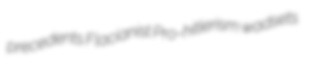
precedents Flacianist Pro-hitlerism wadsets